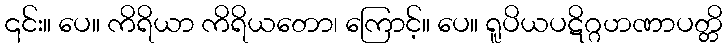
၎င်း။ ပေ။ ကိရိယာ ကိရိယတော၊ ကြောင့်။ ပေ။ ရူပိယပဋိဂ္ဂဟဏာပတ္တိ